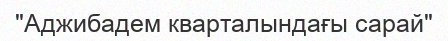
"Аджибадем кварталындағы сарай"